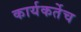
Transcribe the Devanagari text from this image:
कार्यकर्तेच